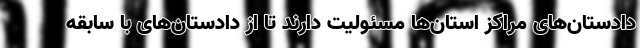
دادستان‌های مراکز استان‌ها مسئولیت دارند تا از دادستان‌های با سابقه